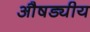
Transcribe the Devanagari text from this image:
औषड्यीय